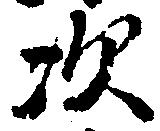
次